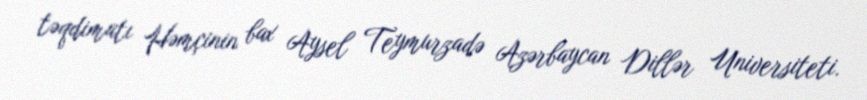
təqdimatı Həmçinin bax Aysel Teymurzadə Azərbaycan Dillər Universiteti.